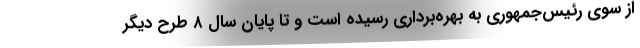
از سوی رئیس‌جمهوری به بهره‌برداری رسیده است و تا پایان سال ۸ طرح دیگر